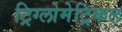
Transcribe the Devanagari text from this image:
ट्रिग्लोमेट्रिकल